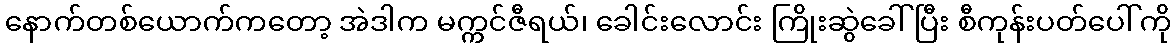
နောက်တစ်ယောက်ကတော့ အဲဒါက မက္ကင်ဇီရယ်၊ ခေါင်းလောင်း ကြိုးဆွဲခေါ်ပြီး စီကုန်းပတ်ပေါ်ကို